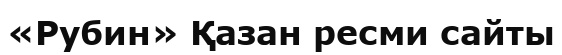
«Рубин» Қазан ресми сайты